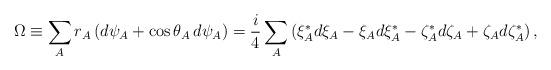
LaTeX: \begin{align*}\Omega\equiv \sum_A r_A\,(d\psi_A+\cos\theta_A\,d\psi_A)=\frac{i}{4}\sum_A \left(\xi_A^*d\xi_A-\xi_Ad\xi_A^*-\zeta_A^*d\zeta_A+\zeta_Ad\zeta_A^*\right), \end{align*}